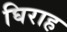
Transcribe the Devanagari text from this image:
घिराह